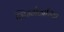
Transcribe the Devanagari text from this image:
ज़िम्मेदारिया